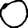
Digit: 0